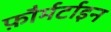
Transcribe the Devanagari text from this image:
फ़ौर्मर्टाइन